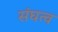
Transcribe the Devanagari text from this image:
संघत्व